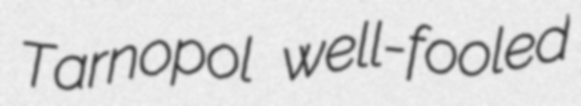
Tarnopol well-fooled